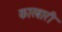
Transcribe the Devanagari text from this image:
कारबारी